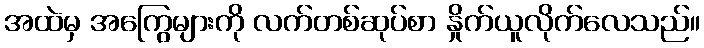
အထဲမှ အကြွေများကို လက်တစ်ဆုပ်စာ နှိုက်ယူလိုက်လေသည်။